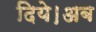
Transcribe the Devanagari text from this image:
दिये।अब